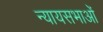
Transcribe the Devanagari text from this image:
न्यायसभाओं